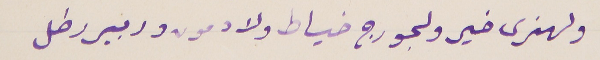
ولهنرى خير ولجورج خياط ولادمون و ربير رطل